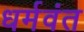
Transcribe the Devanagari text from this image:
धर्मवंत